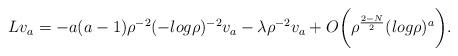
LaTeX: \begin{align*}Lv_a=\displaystyle -a(a-1) \rho^{-2}(-log \rho)^{-2} v_a-\lambda \rho^{-2} v_a+ O\biggl(\rho^{\frac{2-N}{2}}(log \rho)^{a}\biggl).\end{align*}